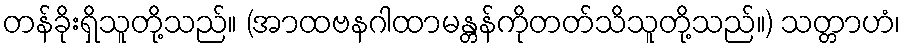
တန်ခိုးရှိသူတို့သည်။ (အာထဗနဂါထာမန္တန်ကိုတတ်သိသူတို့သည်။) သတ္တာဟံ၊